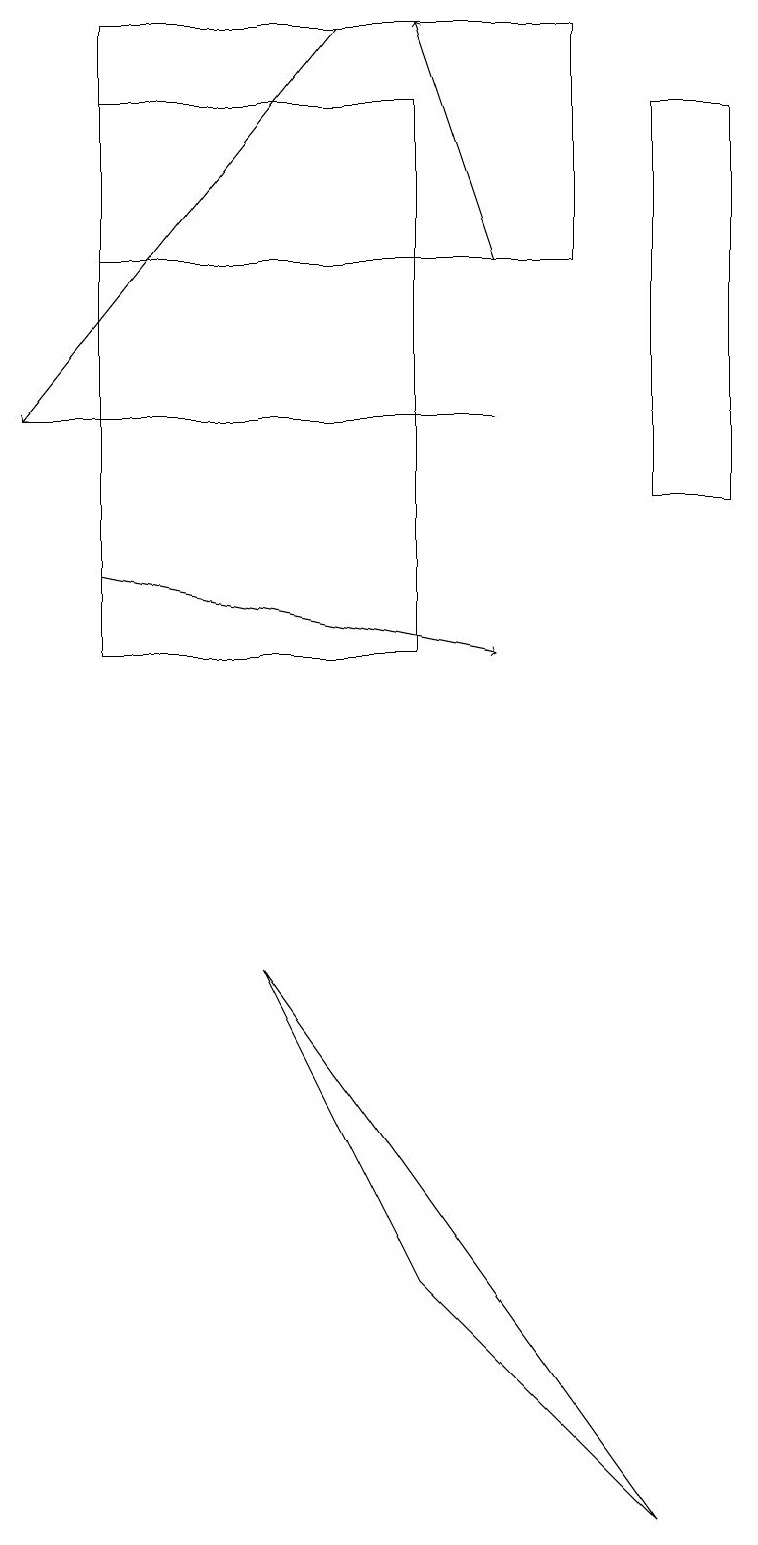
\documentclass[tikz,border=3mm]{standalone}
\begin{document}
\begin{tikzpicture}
\draw (3,7) -- (8,0) -- (5,3) -- cycle;
\draw (9,18) rectangle (8,13);
\draw (6,14) rectangle (0,14);
\draw (1,19) rectangle (7,16);
\draw[->] (6,16) -- (5,19);
\draw[->] (4,19) -- (0,14);
\draw (1,11) rectangle (5,18);
\draw[->] (1,12) -- (6,11);
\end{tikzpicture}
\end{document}